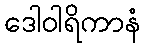
ဒေါဝါရိကာနံ